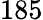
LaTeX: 185